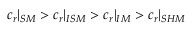
c _ { r } | _ { S M } > c _ { r } | _ { I S M } > c _ { r } | _ { I M } > c _ { r } | _ { S H M }